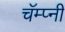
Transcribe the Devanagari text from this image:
चॅम्प्नी